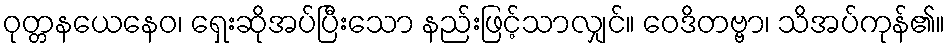
ဝုတ္တနယေနေဝ၊ ရှေးဆိုအပ်ပြီးသော နည်းဖြင့်သာလျှင်။ ဝေဒိတဗ္ဗာ၊ သိအပ်ကုန်၏။